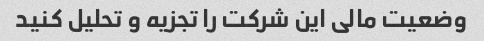
وضعیت مالی این شرکت را تجزیه و تحلیل کنید